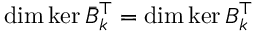
\dim \ker \bar { B } _ { k } ^ { \top } = \dim \ker B _ { k } ^ { \top }